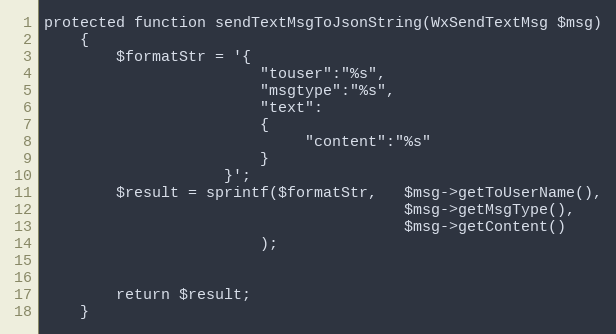
Language: PHP
protected function sendTextMsgToJsonString(WxSendTextMsg $msg)
    {
        $formatStr = '{
                        "touser":"%s",
                        "msgtype":"%s",
                        "text":
                        {
                             "content":"%s"
                        }
                    }';
        $result = sprintf($formatStr,   $msg->getToUserName(),
                                        $msg->getMsgType(),
                                        $msg->getContent()
                        );

        return $result;
    }